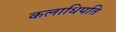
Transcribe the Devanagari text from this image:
कलाधिपति